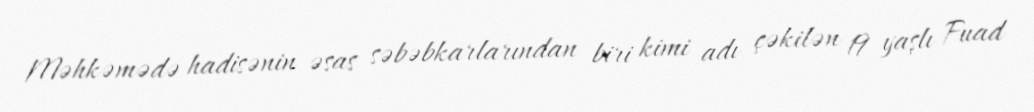
Məhkəmədə hadisənin əsas səbəbkarlarından biri kimi adı çəkilən 19 yaşlı Fuad